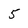
Character: 5